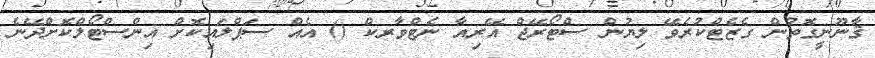
ޤާނޫނީގޮތުން ގެޒެޓްކުރެވޭ ލިޔުން ސްޓޯރޭޖް އޭރިއާ ނެޓްވާރކް () އެއް ސަޕްލައިކޮށް އިންސްޓޯލްކޮށްދޭނެ